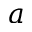
a